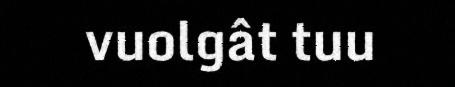
vuolgât tuu